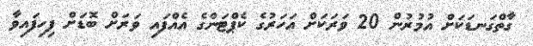
ގާތްގަނޑަކަށް އުމުރުން 20 ވަރަކަށް އަހަރުގެ ކެޕްޓަންގެ އެއްފައި ވަރަށް ބޮޑަށް ފިހިފައިވާ